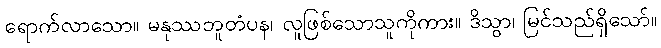
ရောက်လာသော။ မနုဿဘူတံပန၊ လူဖြစ်သောသူကိုကား။ ဒိသွာ၊ မြင်သည်ရှိသော်။